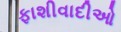
ફાશીવાદીઓ